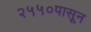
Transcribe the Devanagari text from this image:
२५५०पासून